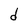
Character: d